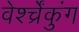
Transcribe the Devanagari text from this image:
वेर्श्च्रेंकुंग